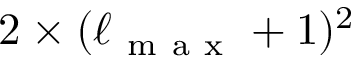
2 \times ( \ell _ { \mathrm { ~ m ~ a ~ x ~ } } + 1 ) ^ { 2 }